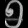
Digit: ၅